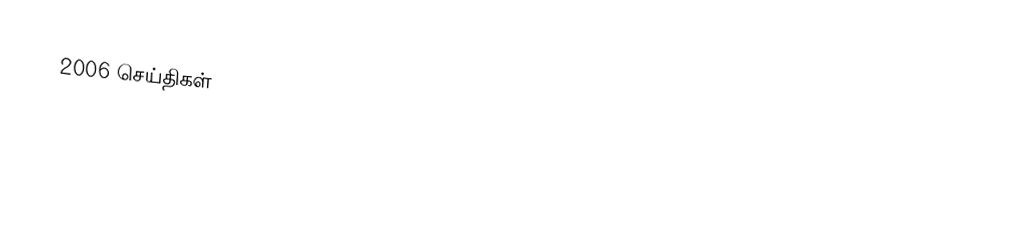
2006 செய்திகள்